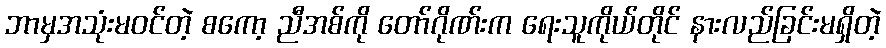
ဘာမှအသုံးမဝင်တဲ့ စကော့ ညီအစ်ကို တော်ဂိုဏ်းက ရေးသူကိုယ်တိုင် နားလည်ခြင်းမရှိတဲ့